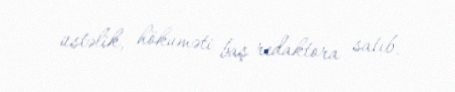
üstəlik, hökuməti baş redaktora satıb.